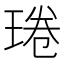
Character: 𤦔